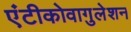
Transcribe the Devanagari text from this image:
एंटीकोवागुलेशन